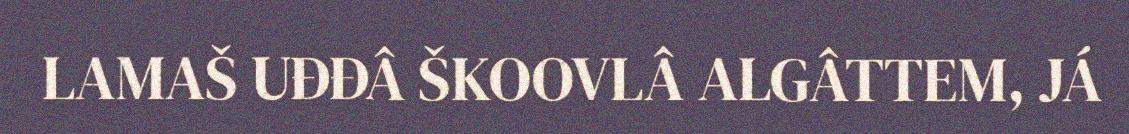
LAMAŠ UĐĐÂ ŠKOOVLÂ ALGÂTTEM, JÁ